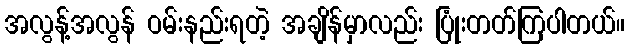
အလွန့်အလွန် ဝမ်းနည်းရတဲ့ အချိန်မှာလည်း ပြုံးတတ်ကြပါတယ်။